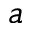
a